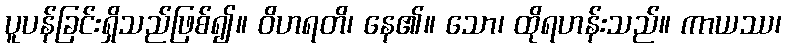
ပူပန်ခြင်းရှိသည်ဖြစ်၍။ ဝိဟရတိ၊ နေ၏။ သော၊ ထိုရဟန်းသည်။ ကာယဿ၊